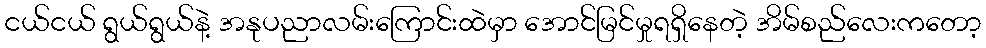
ငယ်ငယ် ရွယ်ရွယ်နဲ့ အနုပညာလမ်းကြောင်းထဲမှာ အောင်မြင်မှုရရှိနေတဲ့ အိမ်စည်လေးကတော့